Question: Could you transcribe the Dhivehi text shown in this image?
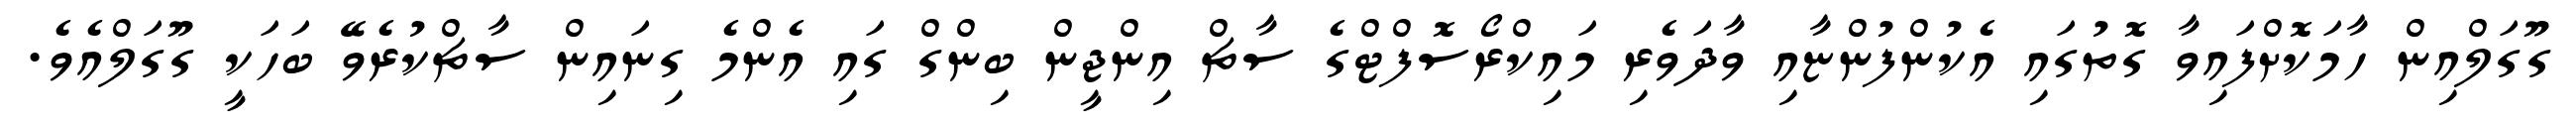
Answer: ގޫގަލްއިން ހާމަކޮށްފައިވާ ގޮތުގައި އެކުންފުންޏާއި ވާދަވެރި މައިކްރޯސޮފްޓްގެ ސާޗް އިންޖީން ބިންގް ގައި އެންމެ ގިނައިން ސާޗްކުރެވޭ ބަހަކީ ގޫގަލްއެވެ.